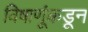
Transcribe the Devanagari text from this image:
विषाणूंकडून